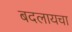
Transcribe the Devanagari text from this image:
बदलायचा